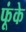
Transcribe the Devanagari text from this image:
फूंके